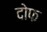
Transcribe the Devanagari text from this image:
दोफ